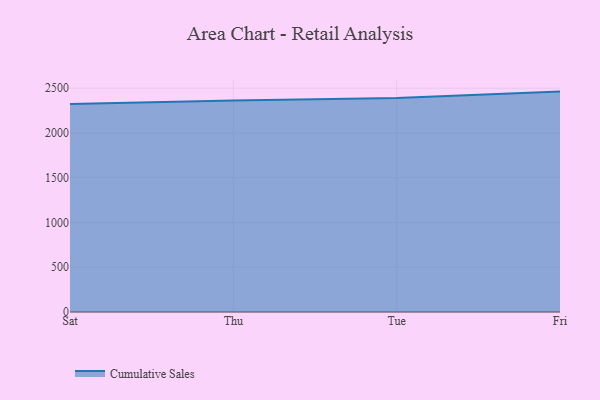
{"axis": {"x": "Day", "y": "LTV (USD)"}, "legend": ["Cumulative Sales"], "data": [{"x": "Sat", "y": 2323.2, "type": "Cumulative Sales"}, {"x": "Thu", "y": 2362.9, "type": "Cumulative Sales"}, {"x": "Tue", "y": 2391.3, "type": "Cumulative Sales"}, {"x": "Fri", "y": 2461.6, "type": "Cumulative Sales"}]}